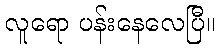
လူရော ပန်းနေလေပြီ။